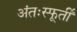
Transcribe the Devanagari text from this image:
अंतःस्फूर्ती